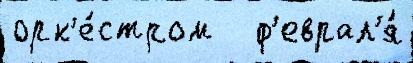
орк'е́стром   ф'еврал'я́